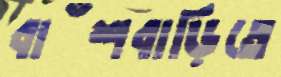
বাঁশবাড়িতে